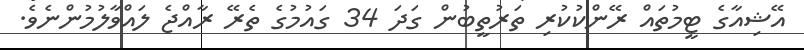
އޭޝިއާގެ ޓީމުތައް ރޭންކުކުރި ތަރުތީބުން ގަދަ 34 ގައުމުގެ ތެރޭ ރާއްޖެ ލައްވާލުމުންނެވެ.